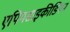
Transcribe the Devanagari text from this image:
एपियसाइकीडियन